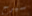
سيرج